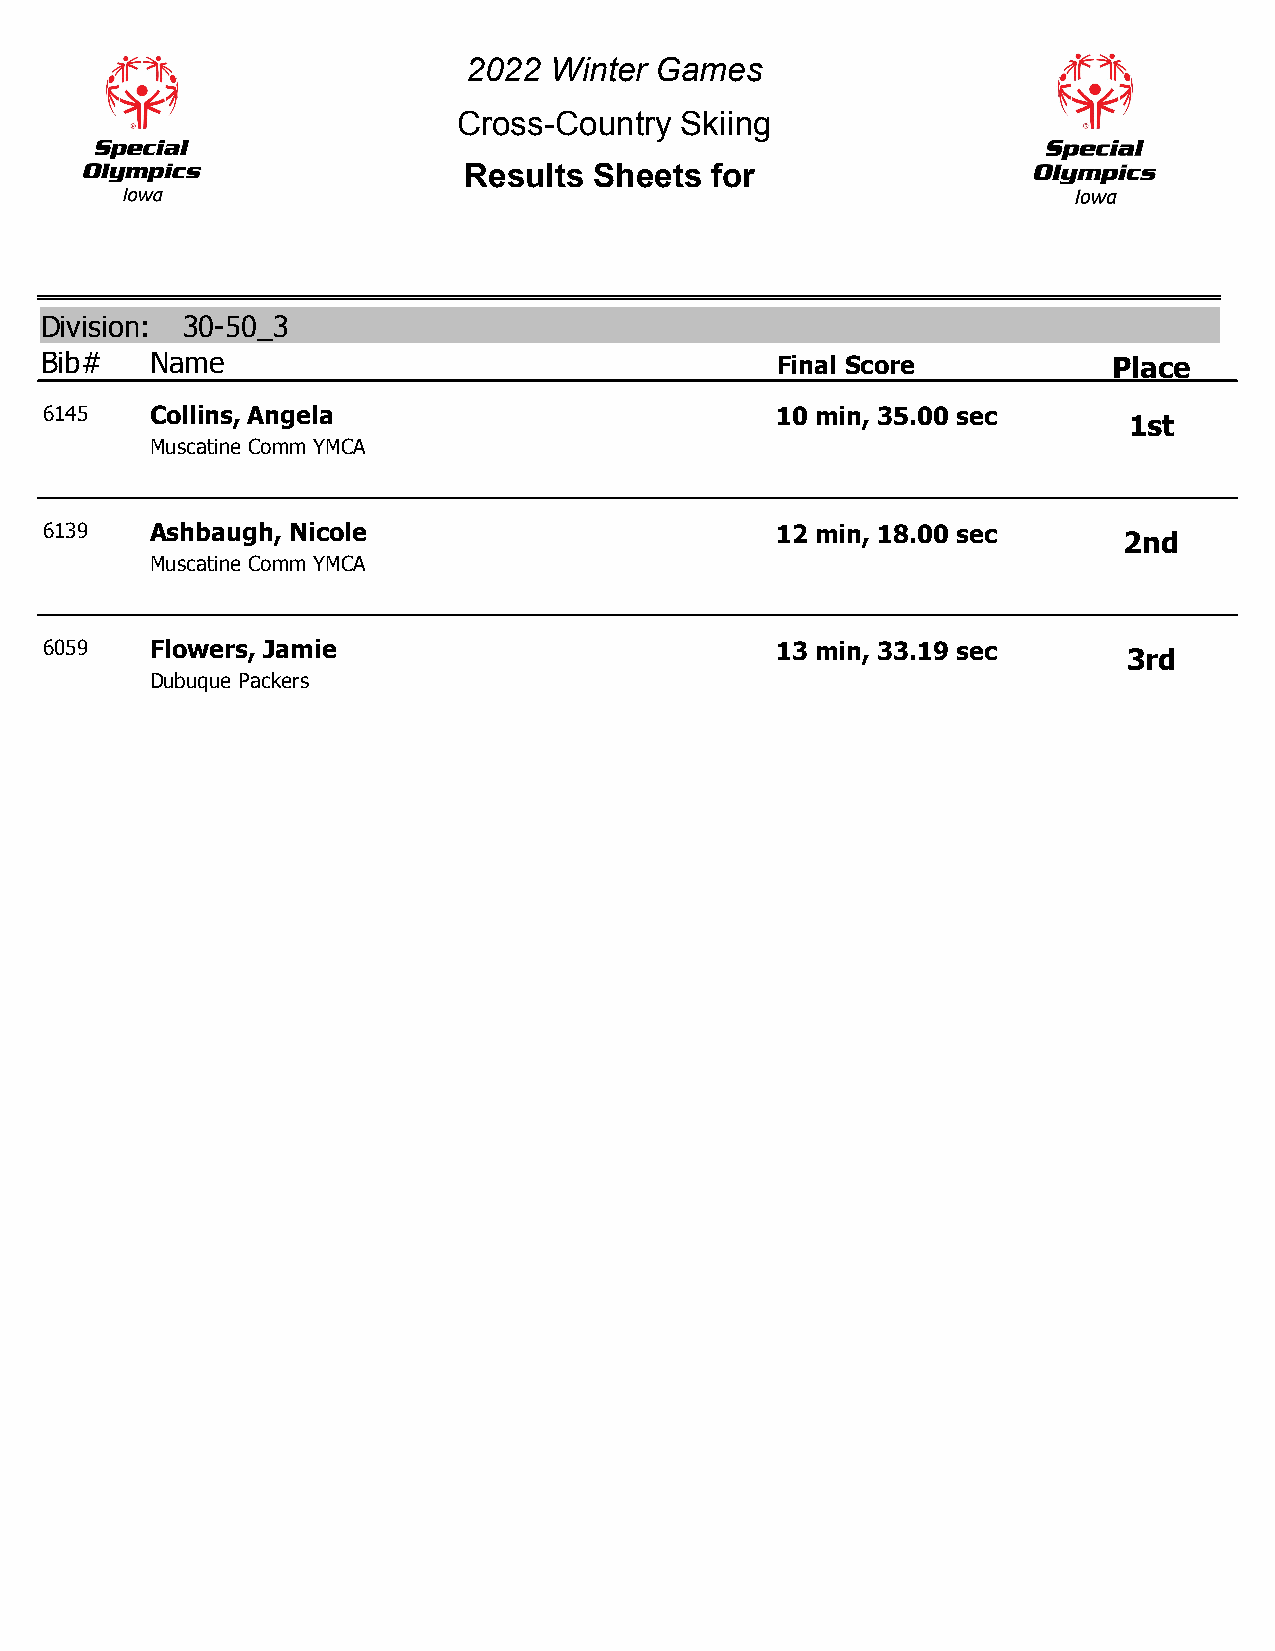
2022 Winter Games
 Cross-Country  Skiing
 Results Sheets  for
 Division: 30-50_3
 Bib#   Name                                     Final Score            Place
 6145   Collins, Angela                          10 min, 35.00 sec
 1st
 Muscatine Comm YMCA
 6139   Ashbaugh, Nicole                         12 min, 18.00 sec
 2nd
 Muscatine Comm YMCA
 6059   Flowers, Jamie                           13 min, 33.19 sec
 3rd
 Dubuque Packers